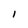
Character: I